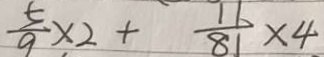
\frac { 5 } { 9 } \times 2 + \frac { 1 1 } { 8 1 } \times 4